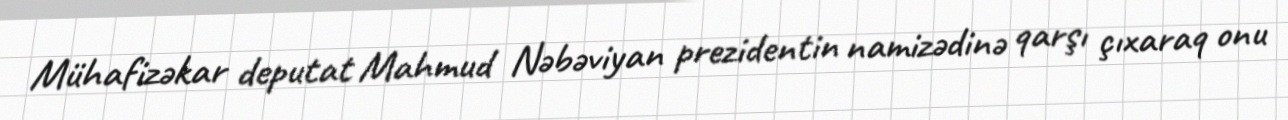
Mühafizəkar deputat Mahmud Nəbəviyan prezidentin namizədinə qarşı çıxaraq onu